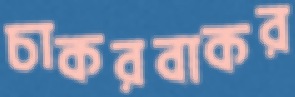
চাকরবাকর